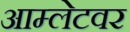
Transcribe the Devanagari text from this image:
आम्लेटवर